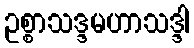
ဥစ္စာသဒ္ဒမဟာသဒ္ဒါ